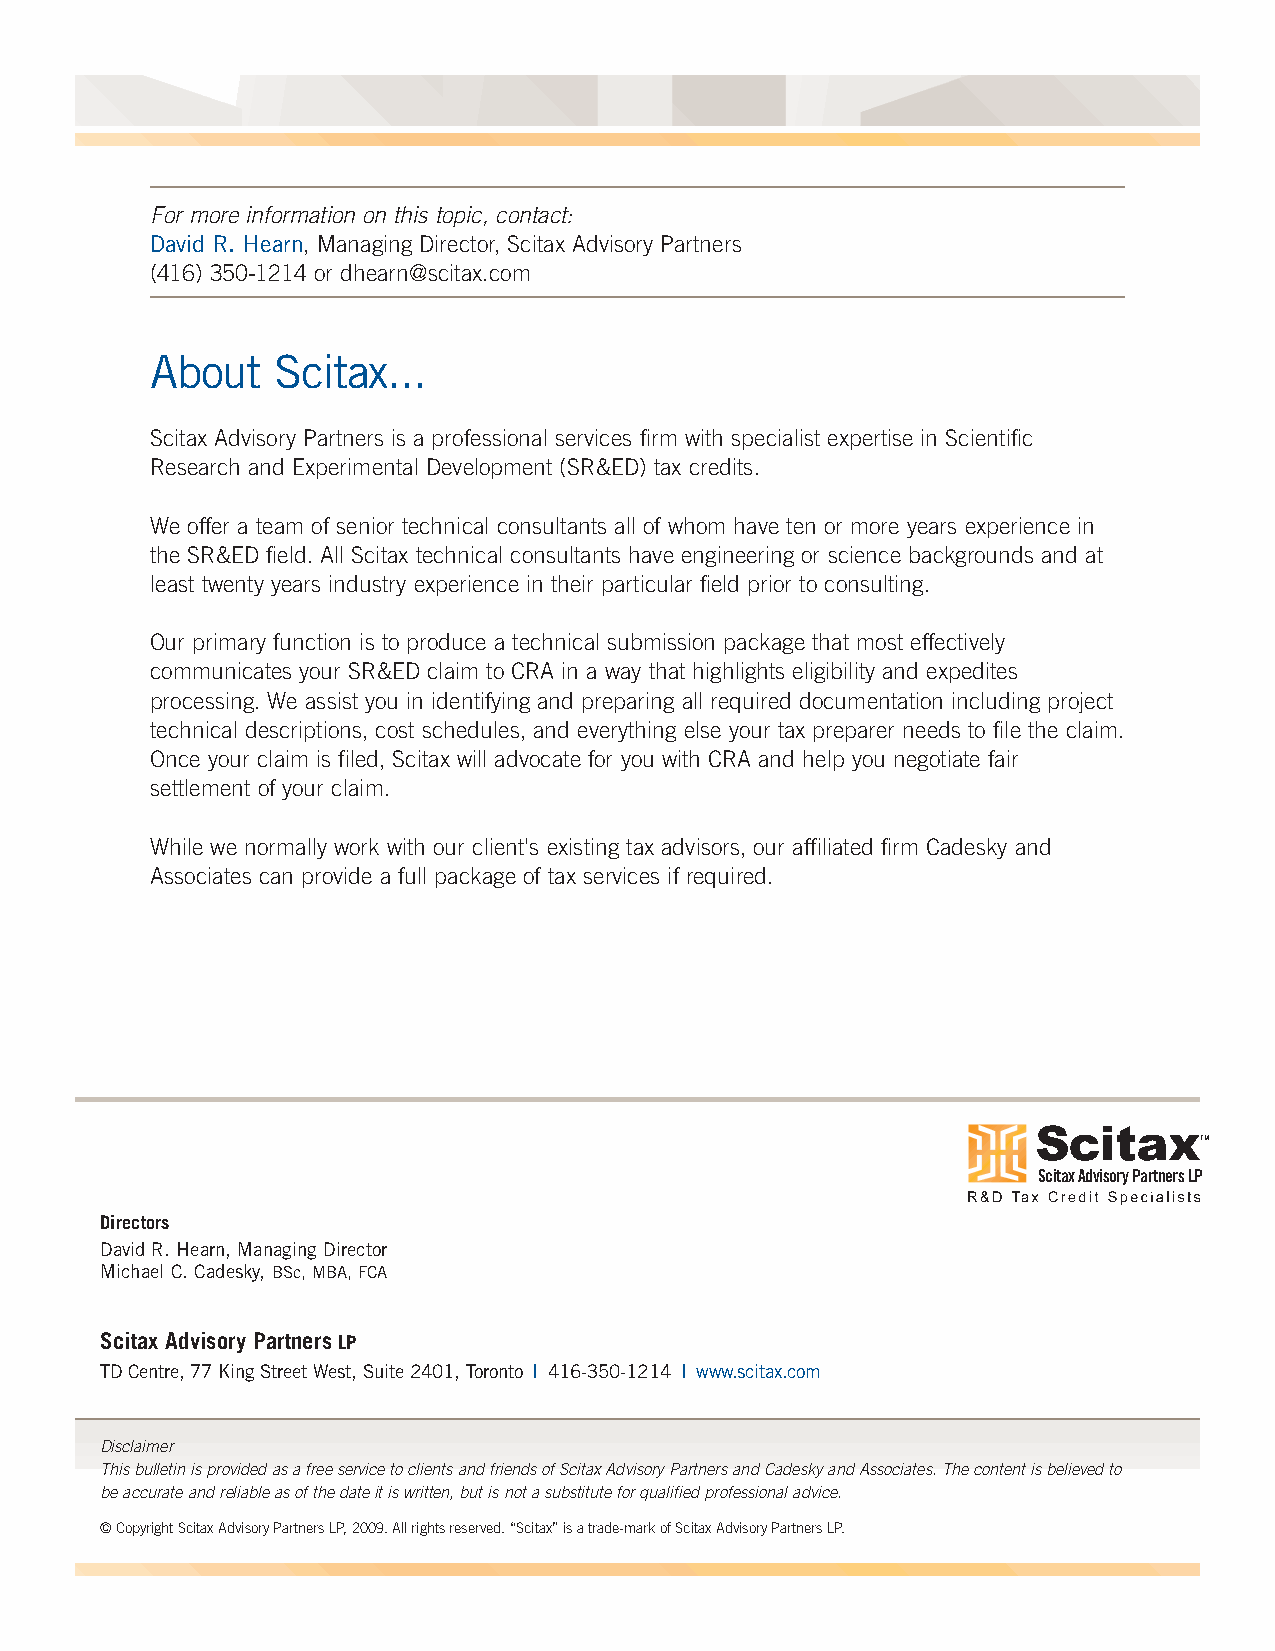
For more information on this topic, contact:
 David R. Hearn, Managing Director, Scitax Advisory Partners
 (416) 350-1214 or dhearn@scitax.com
 About   Scitax...
 Scitax Advisory Partners is a professional services firm with specialist expertise in Scientific
 Research and Experimental Development (SR&ED) tax credits.
 We offer a team of senior technical consultants all of whom have ten or more years experience in
 the SR&ED field. All Scitax technical consultants have engineering or science backgrounds and at
 least twenty years industry experience in their particular field prior to consulting.
 Our primary function is to produce a technical submission package that most effectively
 communicates your SR&ED claim to CRA in a way that highlights eligibility and expedites
 processing. We assist you in identifying and preparing all required documentation including project
 technical descriptions, cost schedules, and everything else your tax preparer needs to file the claim.
 Once your claim is filed, Scitax will advocate for you with CRA and help you negotiate fair
 settlement of your claim.
 While we normally work with our client's existing tax advisors, our affiliated firm Cadesky and
 Associates can provide a full package of tax services if required.
 TM
 Scitax Advisory Partners LP
 Directors
 David R. Hearn, Managing Director
 Michael C. Cadesky, BSc, MBA, FCA
 Scitax Advisory PartnersLP
 TD Centre, 77 King Street West, Suite 2401, Toronto | 416-350-1214 | www.scitax.com
 Disclaimer
 This bulletin is provided as a free service to clients and friends of Scitax Advisory Partners and Cadesky and Associates. The content is believed to
 be accurate and reliable as of the date it is written, but is not a substitute for qualified professional advice.
 © Copyright Scitax Advisory Partners LP, 2009. All rights reserved. “Scitax” is a trade-mark of Scitax Advisory Partners LP.